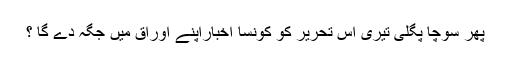
پھر سوچا پگلی تیری اس تحریر کو کونسا اخباراپنے اوراق میں جگہ دے گا ؟